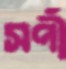
সর্পী